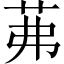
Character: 茀